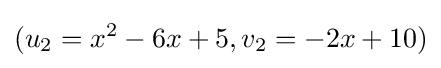
(u_{2}=x^{2}-6x+5,v_{2}=-2x+10)